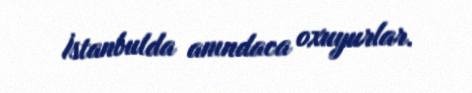
İstanbulda anındaca oxuyurlar.